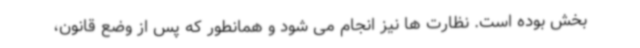
بخش بوده است. نظارت ها نیز انجام می شود و همانطور که پس از وضع قانون،